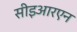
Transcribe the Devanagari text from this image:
सीइआरएन